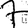
Digit: 7